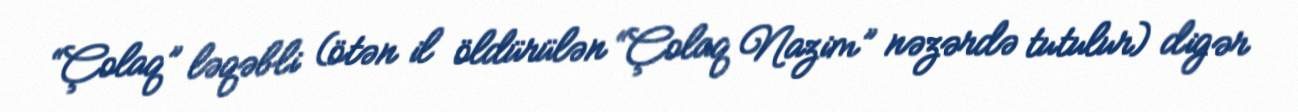
“Çolaq” ləqəbli (ötən il öldürülən “Çolaq Nazim” nəzərdə tutulur) digər